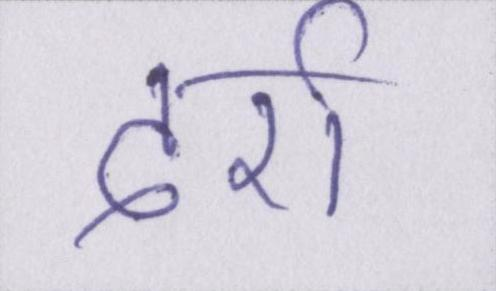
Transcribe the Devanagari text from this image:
दर्रा